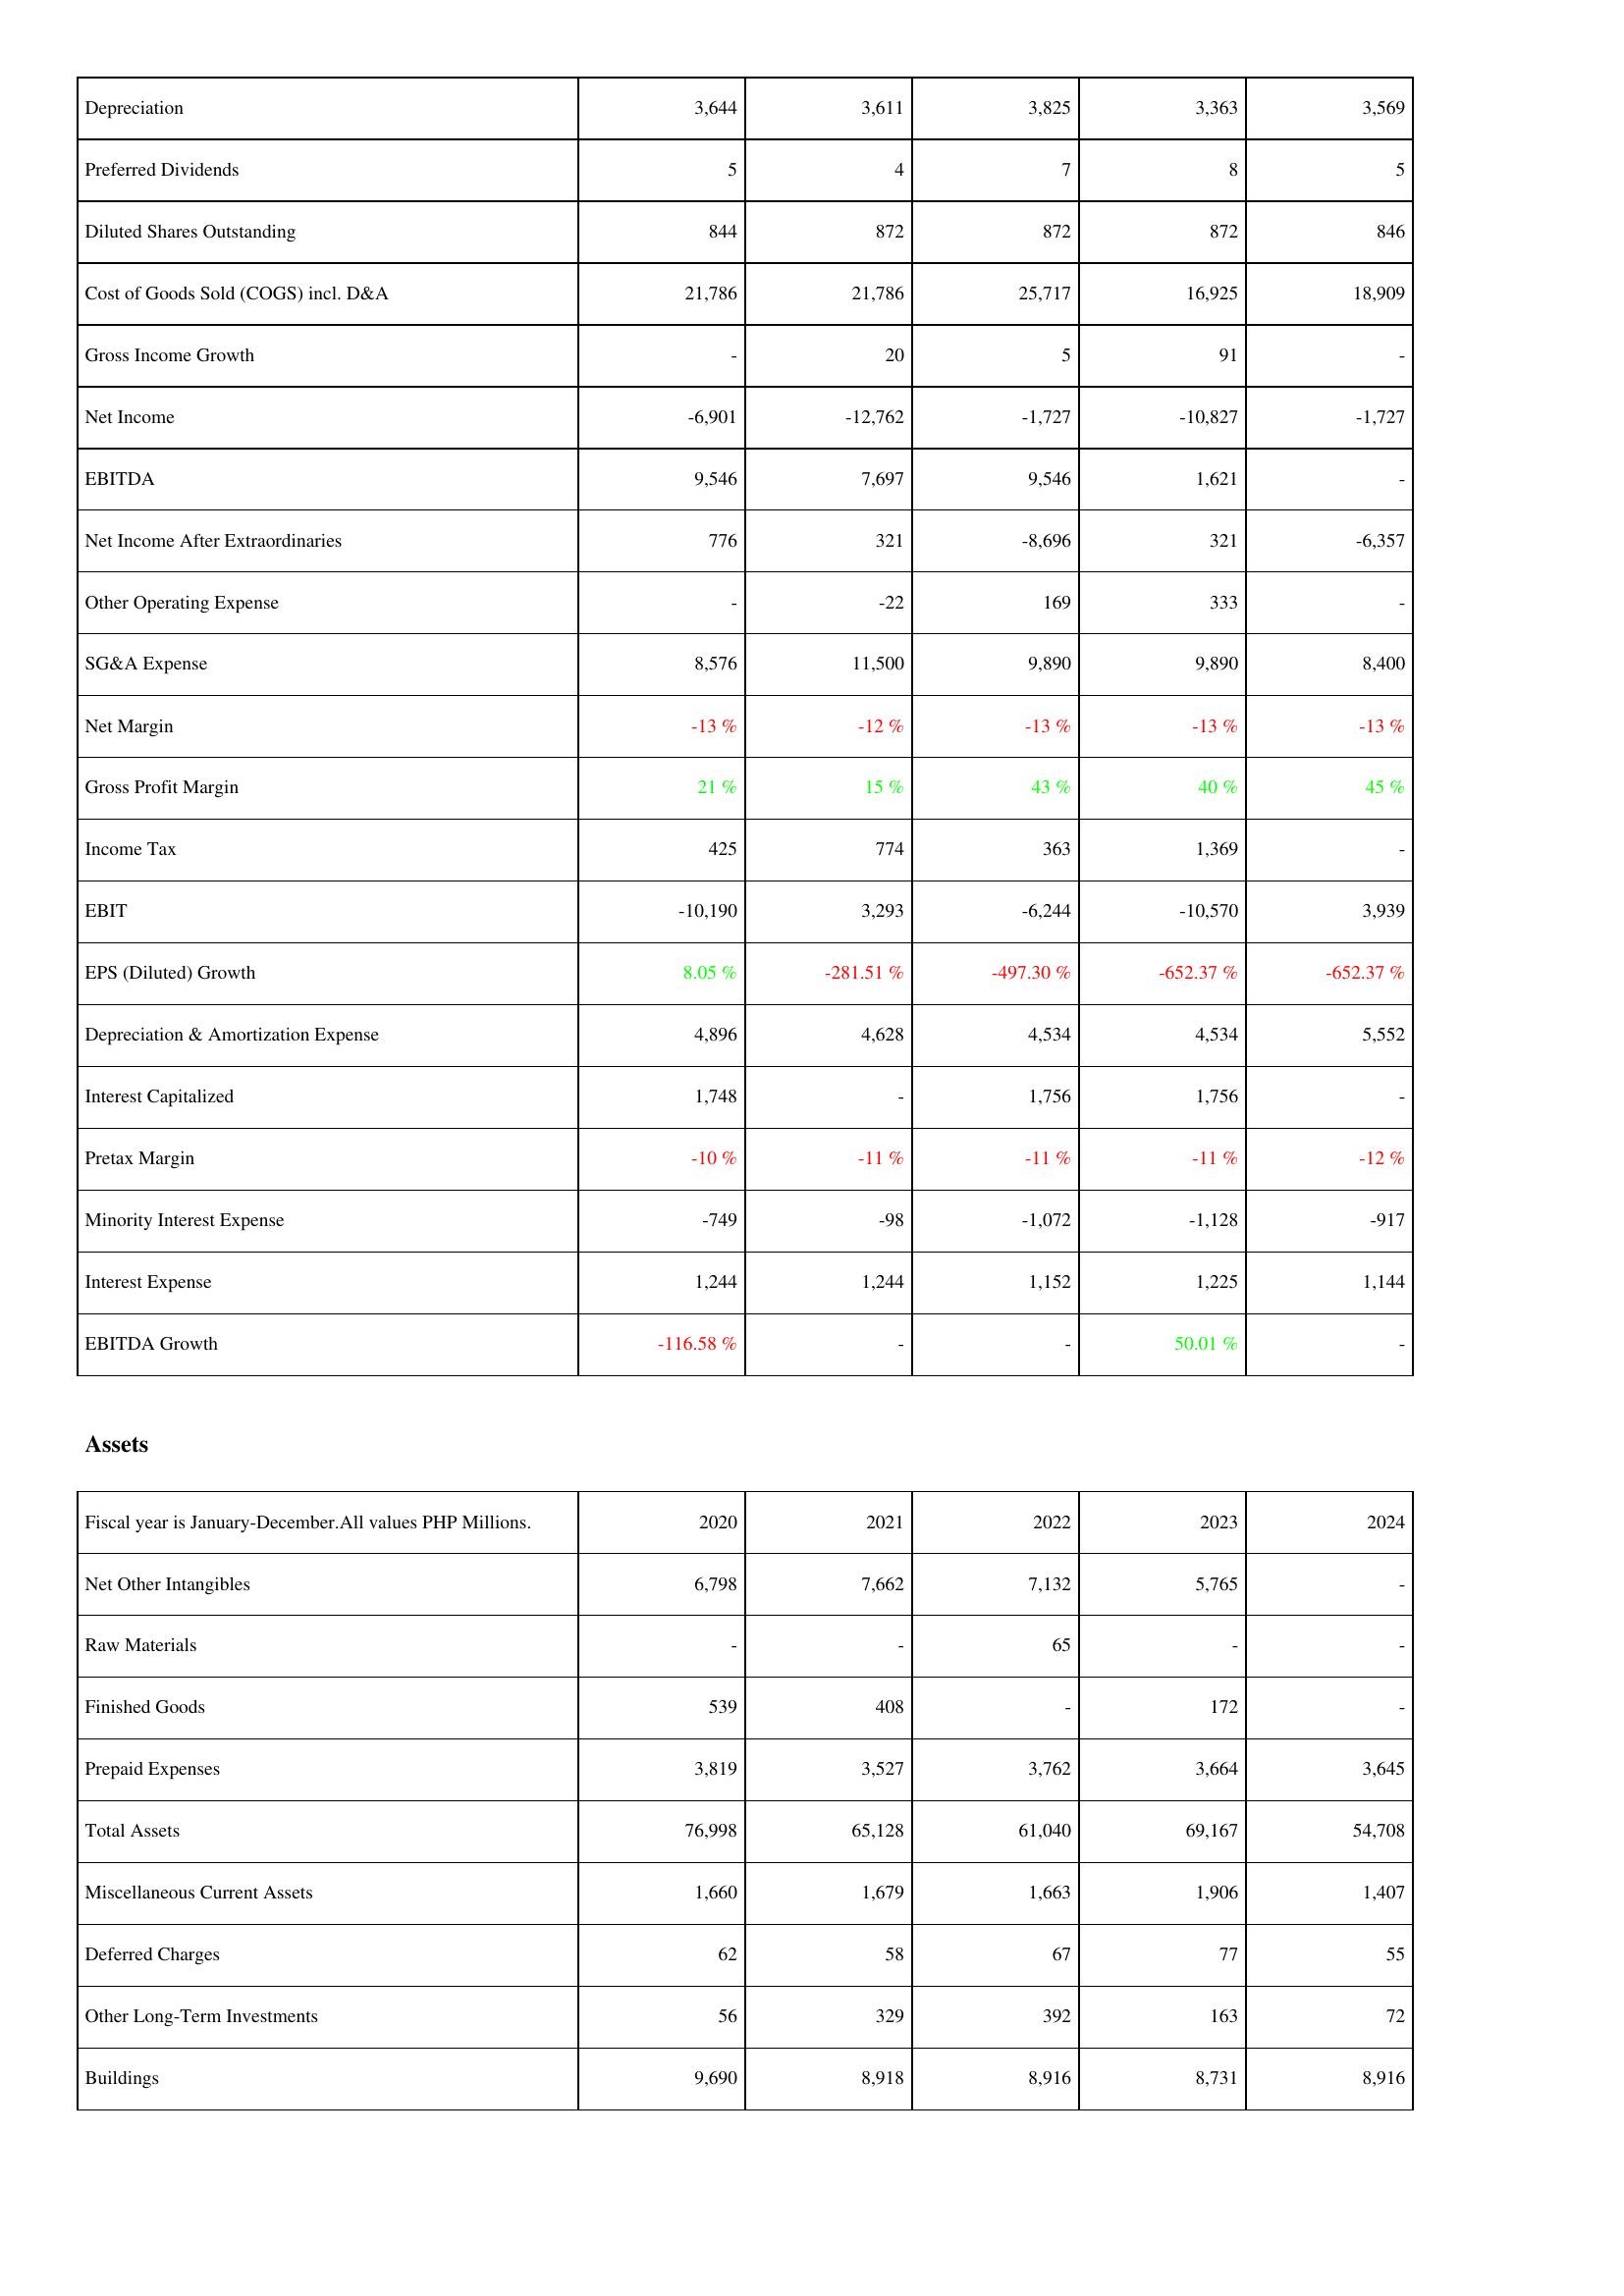
2020: Income Statement: Depreciation: 3,644
Preferred Dividends: 5
Diluted Shares Outstanding: 844
Cost of Goods Sold (COGS) incl. D&A: 21,786
Gross Income Growth: -
Net Income: -6,901
EBITDA: 9,546
Net Income After Extraordinaries: 776
Other Operating Expense: -
SG&A Expense: 8,576
Net Margin: -13 %
Gross Profit Margin: 21 %
Income Tax: 425
EBIT: -10,190
EPS (Diluted) Growth: 8.05 %
Depreciation & Amortization Expense: 4,896
Interest Capitalized: 1,748
Pretax Margin: -10 %
Minority Interest Expense: -749
Interest Expense: 1,244
EBITDA Growth: -116.58 %
Assets: Net Other Intangibles: 6,798
Raw Materials: -
Finished Goods: 539
Prepaid Expenses: 3,819
Total Assets: 76,998
Miscellaneous Current Assets: 1,660
Deferred Charges: 62
Other Long-Term Investments: 56
Buildings: 9,690
2021: Income Statement: Depreciation: 3,611
Preferred Dividends: 4
Diluted Shares Outstanding: 872
Cost of Goods Sold (COGS) incl. D&A: 21,786
Gross Income Growth: 20
Net Income: -12,762
EBITDA: 7,697
Net Income After Extraordinaries: 321
Other Operating Expense: -22
SG&A Expense: 11,500
Net Margin: -12 %
Gross Profit Margin: 15 %
Income Tax: 774
EBIT: 3,293
EPS (Diluted) Growth: -281.51 %
Depreciation & Amortization Expense: 4,628
Interest Capitalized: -
Pretax Margin: -11 %
Minority Interest Expense: -98
Interest Expense: 1,244
EBITDA Growth: -
Assets: Net Other Intangibles: 7,662
Raw Materials: -
Finished Goods: 408
Prepaid Expenses: 3,527
Total Assets: 65,128
Miscellaneous Current Assets: 1,679
Deferred Charges: 58
Other Long-Term Investments: 329
Buildings: 8,918
2022: Income Statement: Depreciation: 3,825
Preferred Dividends: 7
Diluted Shares Outstanding: 872
Cost of Goods Sold (COGS) incl. D&A: 25,717
Gross Income Growth: 5
Net Income: -1,727
EBITDA: 9,546
Net Income After Extraordinaries: -8,696
Other Operating Expense: 169
SG&A Expense: 9,890
Net Margin: -13 %
Gross Profit Margin: 43 %
Income Tax: 363
EBIT: -6,244
EPS (Diluted) Growth: -497.30 %
Depreciation & Amortization Expense: 4,534
Interest Capitalized: 1,756
Pretax Margin: -11 %
Minority Interest Expense: -1,072
Interest Expense: 1,152
EBITDA Growth: -
Assets: Net Other Intangibles: 7,132
Raw Materials: 65
Finished Goods: -
Prepaid Expenses: 3,762
Total Assets: 61,040
Miscellaneous Current Assets: 1,663
Deferred Charges: 67
Other Long-Term Investments: 392
Buildings: 8,916
2023: Income Statement: Depreciation: 3,363
Preferred Dividends: 8
Diluted Shares Outstanding: 872
Cost of Goods Sold (COGS) incl. D&A: 16,925
Gross Income Growth: 91
Net Income: -10,827
EBITDA: 1,621
Net Income After Extraordinaries: 321
Other Operating Expense: 333
SG&A Expense: 9,890
Net Margin: -13 %
Gross Profit Margin: 40 %
Income Tax: 1,369
EBIT: -10,570
EPS (Diluted) Growth: -652.37 %
Depreciation & Amortization Expense: 4,534
Interest Capitalized: 1,756
Pretax Margin: -11 %
Minority Interest Expense: -1,128
Interest Expense: 1,225
EBITDA Growth: 50.01 %
Assets: Net Other Intangibles: 5,765
Raw Materials: -
Finished Goods: 172
Prepaid Expenses: 3,664
Total Assets: 69,167
Miscellaneous Current Assets: 1,906
Deferred Charges: 77
Other Long-Term Investments: 163
Buildings: 8,731
2024: Income Statement: Depreciation: 3,569
Preferred Dividends: 5
Diluted Shares Outstanding: 846
Cost of Goods Sold (COGS) incl. D&A: 18,909
Gross Income Growth: -
Net Income: -1,727
EBITDA: -
Net Income After Extraordinaries: -6,357
Other Operating Expense: -
SG&A Expense: 8,400
Net Margin: -13 %
Gross Profit Margin: 45 %
Income Tax: -
EBIT: 3,939
EPS (Diluted) Growth: -652.37 %
Depreciation & Amortization Expense: 5,552
Interest Capitalized: -
Pretax Margin: -12 %
Minority Interest Expense: -917
Interest Expense: 1,144
EBITDA Growth: -
Assets: Net Other Intangibles: -
Raw Materials: -
Finished Goods: -
Prepaid Expenses: 3,645
Total Assets: 54,708
Miscellaneous Current Assets: 1,407
Deferred Charges: 55
Other Long-Term Investments: 72
Buildings: 8,916